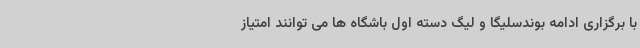
با برگزاری ادامه بوندسلیگا و لیگ دسته اول باشگاه ها می توانند امتیاز